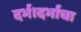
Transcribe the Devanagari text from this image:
दर्भ।दर्भाचा